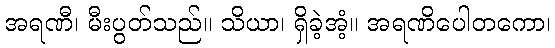
အရဏီ၊ မီးပွတ်သည်။ သိယာ၊ ရှိခဲ့အံ့။ အရဏိပေါတကော၊